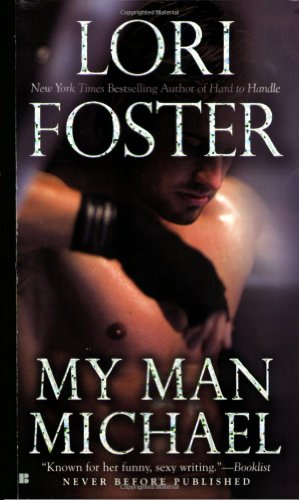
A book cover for My Man Michael (SBC Fighters, Book 4); Lori Foster; Romance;